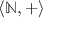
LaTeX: \langle \mathbb { N } , + \rangle